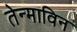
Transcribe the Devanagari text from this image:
तेन्माविन